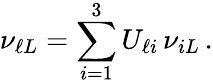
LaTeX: \nu_{\ell L}=\sum_{i=1}^{3}U_{\ell i}\, \nu_{iL}\, .